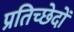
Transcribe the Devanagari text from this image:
प्रतिच्छेदों